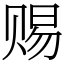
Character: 赐